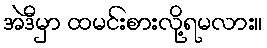
အဲဒီမှာ ထမင်းစားလို့ရမလား။